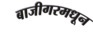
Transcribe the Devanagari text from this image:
बाजीगरमधून